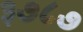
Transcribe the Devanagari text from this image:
३७८७